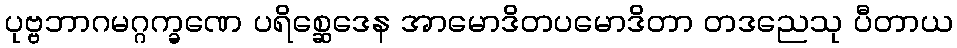
ပုဗ္ဗဘာဂမဂ္ဂက္ခဏေ ပရိစ္ဆေဒေန အာမောဒိတပမောဒိတာ တဒညေသု ပီတာယ